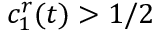
c _ { 1 } ^ { r } ( t ) > 1 / 2